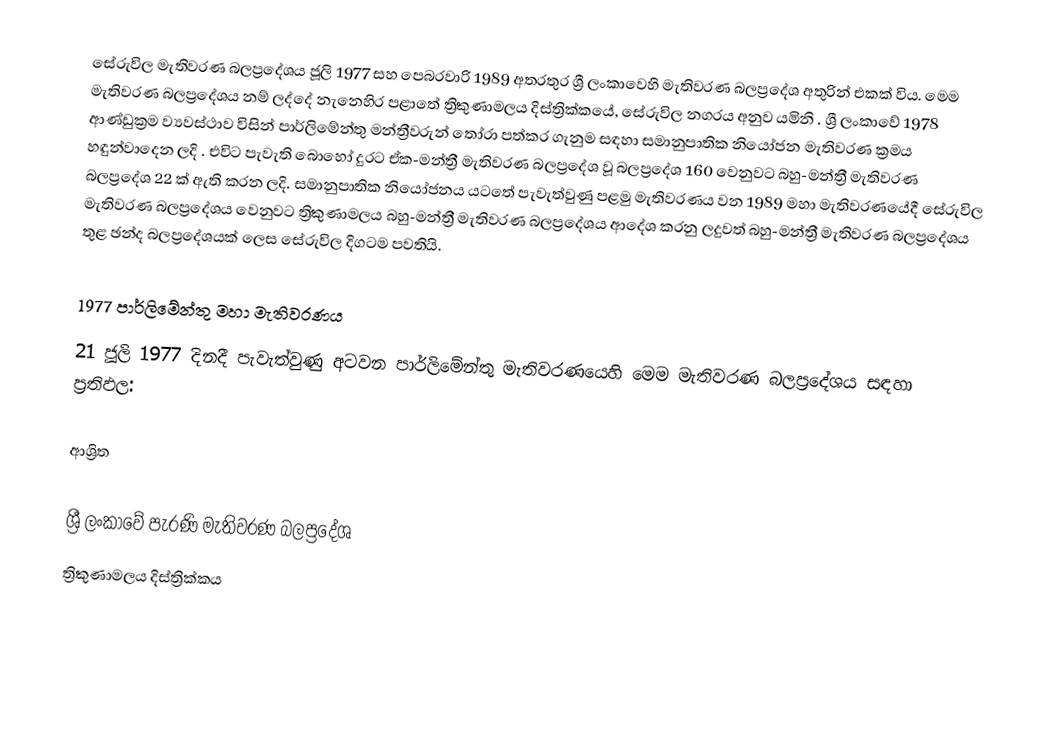
සේරුවිල මැතිවරණ බලප්‍රදේශය  ජූලි 1977 සහ පෙබරවාරි 1989 අතරතුර  ශ්‍රී ලංකාවෙහි  මැතිවරණ බලප්‍රදේශ අතුරින් එකක් විය. මෙම මැතිවරණ බලප්‍රදේශය නම් ලද්දේ  නැනෙහිර පළාතේ  ත්‍රිකුණාමලය දිස්ත්‍රික්කයේ,  සේරුවිල නගරය අනුව යමිනි . ශ්‍රී ලංකාවේ 1978 ආණ්ඩුක්‍රම ව්‍යවස්ථාව විසින්   පාර්ලිමේන්තු මන්ත්‍රීවරුන් තෝරා පත්කර ගැනුම සඳහා සමානුපාතික නියෝජන මැතිවරණ ක්‍රමය හඳුන්වාදෙන ලදි . එවිට පැවැති බොහෝ දුරට  ඒක-මන්ත්‍රී මැතිවරණ බලප්‍රදේශ වූ බලප්‍රදේශ 160 වෙනුවට බහු-මන්ත්‍රී මැතිවරණ බලප්‍රදේශ 22 ක් ඇති කරන ලදි. සමානුපාතික නියෝජනය යටතේ පැවැත්වුණු පළමු මැතිවරණය වන 1989 මහා මැතිවරණයේදී  සේරුවිල මැතිවරණ බලප්‍රදේශය වෙනුවට  ත්‍රිකුණාමලය බහු-මන්ත්‍රී මැතිවරණ බලප්‍රදේශය  ආදේශ කරනු ලදුවත් බහු-මන්ත්‍රී මැතිවරණ බලප්‍රදේශය තුළ ඡන්ද බලප්‍රදේශයක් ලෙස සේරුවිල දිගටම පවතියි.

1977 පාර්ලිමේන්තු මහා මැතිවරණය
21 ජූලි 1977 දිනදී පැවැත්වුණු  අටවන පාර්ලිමේන්තු මැතිවරණයෙහි මෙම මැතිවරණ බලප්‍රදේශය සඳහා ප්‍රතිඵල:

ආශ්‍රිත

ශ්‍රී ලංකාවේ පැරණි මැතිවරණ බලප්‍රදේශ
ත්‍රිකුණාමලය දිස්ත්‍රික්කය